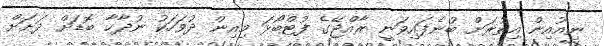
ނިއުއިން އިތުރަށް ބުނެފައިވަނީ ރާއްޖޭގެ ފުޓްބޯޅަ މިއިން ދުވަހަކު ނުދާހާ ބޮޑަށް ދަށަށް